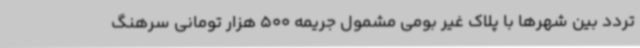
تردد بین شهرها با پلاک غیر بومی مشمول جریمه 500 هزار تومانی ‌سرهنگ